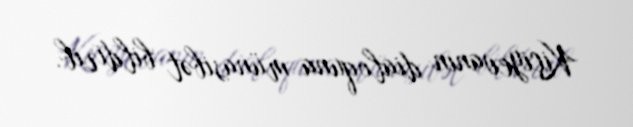
Kiçiyevanın dialoquna münasibət bildirib.